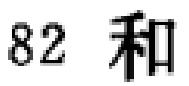
82 和